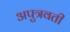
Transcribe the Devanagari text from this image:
अपुत्रवती